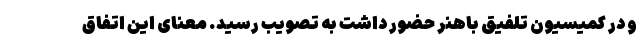
و در کمیسیون تلفیق باهنر حضور داشت به تصویب رسید. معنای این اتفاق